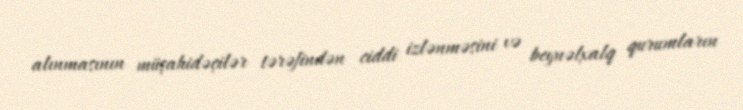
alınmasının müşahidəçilər tərəfindən ciddi izlənməsini və beynəlxalq qurumların